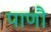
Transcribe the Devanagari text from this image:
पाणौ